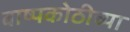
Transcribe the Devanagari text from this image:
बाष्पकोठीच्या